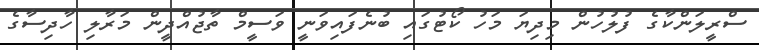
ސްރީލަންކާގެ ފުލުހުން މިދިޔަ މަހު ކޯޓުގައި ބުނެފައިވަނީ ވަސީމް ތާޖުއްދީން މަރާލި ހާދިސާގެ